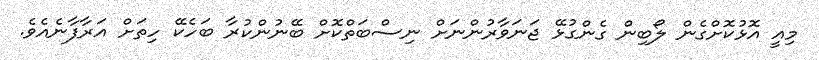
މިއީ އޮޅުކޮށްގެން ލޯބިން ގެންގުޅޭ ޖަނަވާރުންނަށް ނިސްބަތްކޮށް ބޭނުންކުރާ ބަހެކޭ ހިތަށް އަރާފާނެއެވެ.